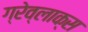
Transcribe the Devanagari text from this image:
ग्रेव्लाक्स